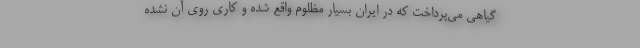
گیاهی می‌پرداخت که در ایران بسیار مظلوم واقع شده و کاری روی آن نشده